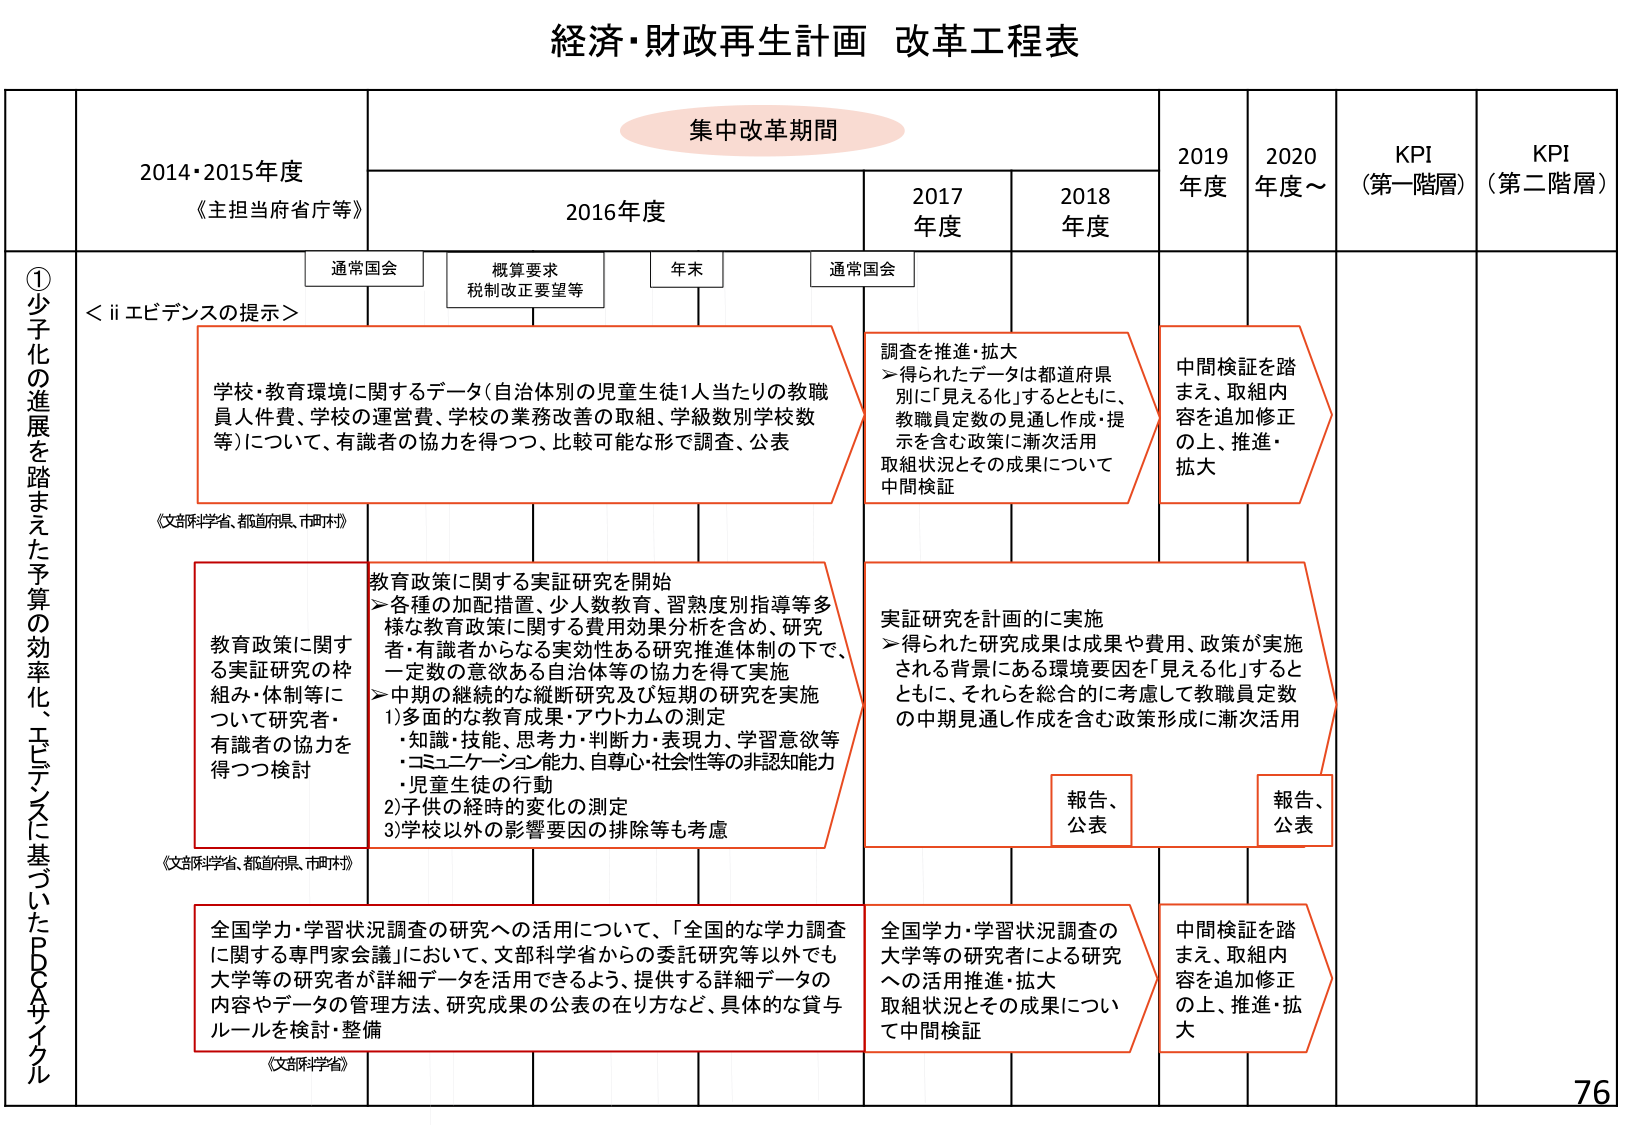
経済・財政再生計画 改革工程表

集中改革期間

2014・2015年度
《主担当府省庁等》

2016年度
通常国会
概算要求
税制改正要望等
年末
通常国会

2017年度

2018年度

2019年度

2020年度～

KPI
（第一階層）

KPI
（第二階層）

①少子化の進展を踏まえた予算の効率化、エビデンスに基づいたPDCAサイクル

＜ii エビデンスの提示＞

学校・教育環境に関するデータ（自治体別の児童生徒1人当たりの教職員人件費、学校の運営費、学校の業務改善の取組、学級数別学校数等）について、有識者の協力を得つつ、比較可能な形で調査、公表
《文部科学省、都道府県、市町村》

教育政策に関する実証研究の枠組み・体制等について研究者・有識者の協力を得つつ検討
《文部科学省、都道府県、市町村》

全国学力・学習状況調査の研究への活用について、「全国的な学力調査に関する専門家会議」において、文部科学省からの委託研究等以外でも大学等の研究者が詳細データを活用できるよう、提供する詳細データの内容やデータの管理方法、研究成果の公表の在り方など、具体的な賞与ルールを検討・整備
《文部科学省》

調査を推進・拡大
→得られたデータは都道府県別に「見える化」するとともに、教職員定数の見通し作成・提示を含む政策に漸次活用
取組状況とその成果について中間検証

実証研究を計画的に実施
→得られた研究成果は成果や費用、政策が実施される背景にある環境要因を「見える化」するとともに、それらを総合的に考慮して教職員定数の中間見通し作成を含む政策形成に漸次活用
報告、公表

全国学力・学習状況調査の大学等の研究者による研究への活用推進・拡大
取組状況とその成果について中間検証

中間検証を踏まえ、取組内容を追加修正の上、推進・拡大

報告、公表

中間検証を踏まえ、取組内容を追加修正の上、推進・拡大

76